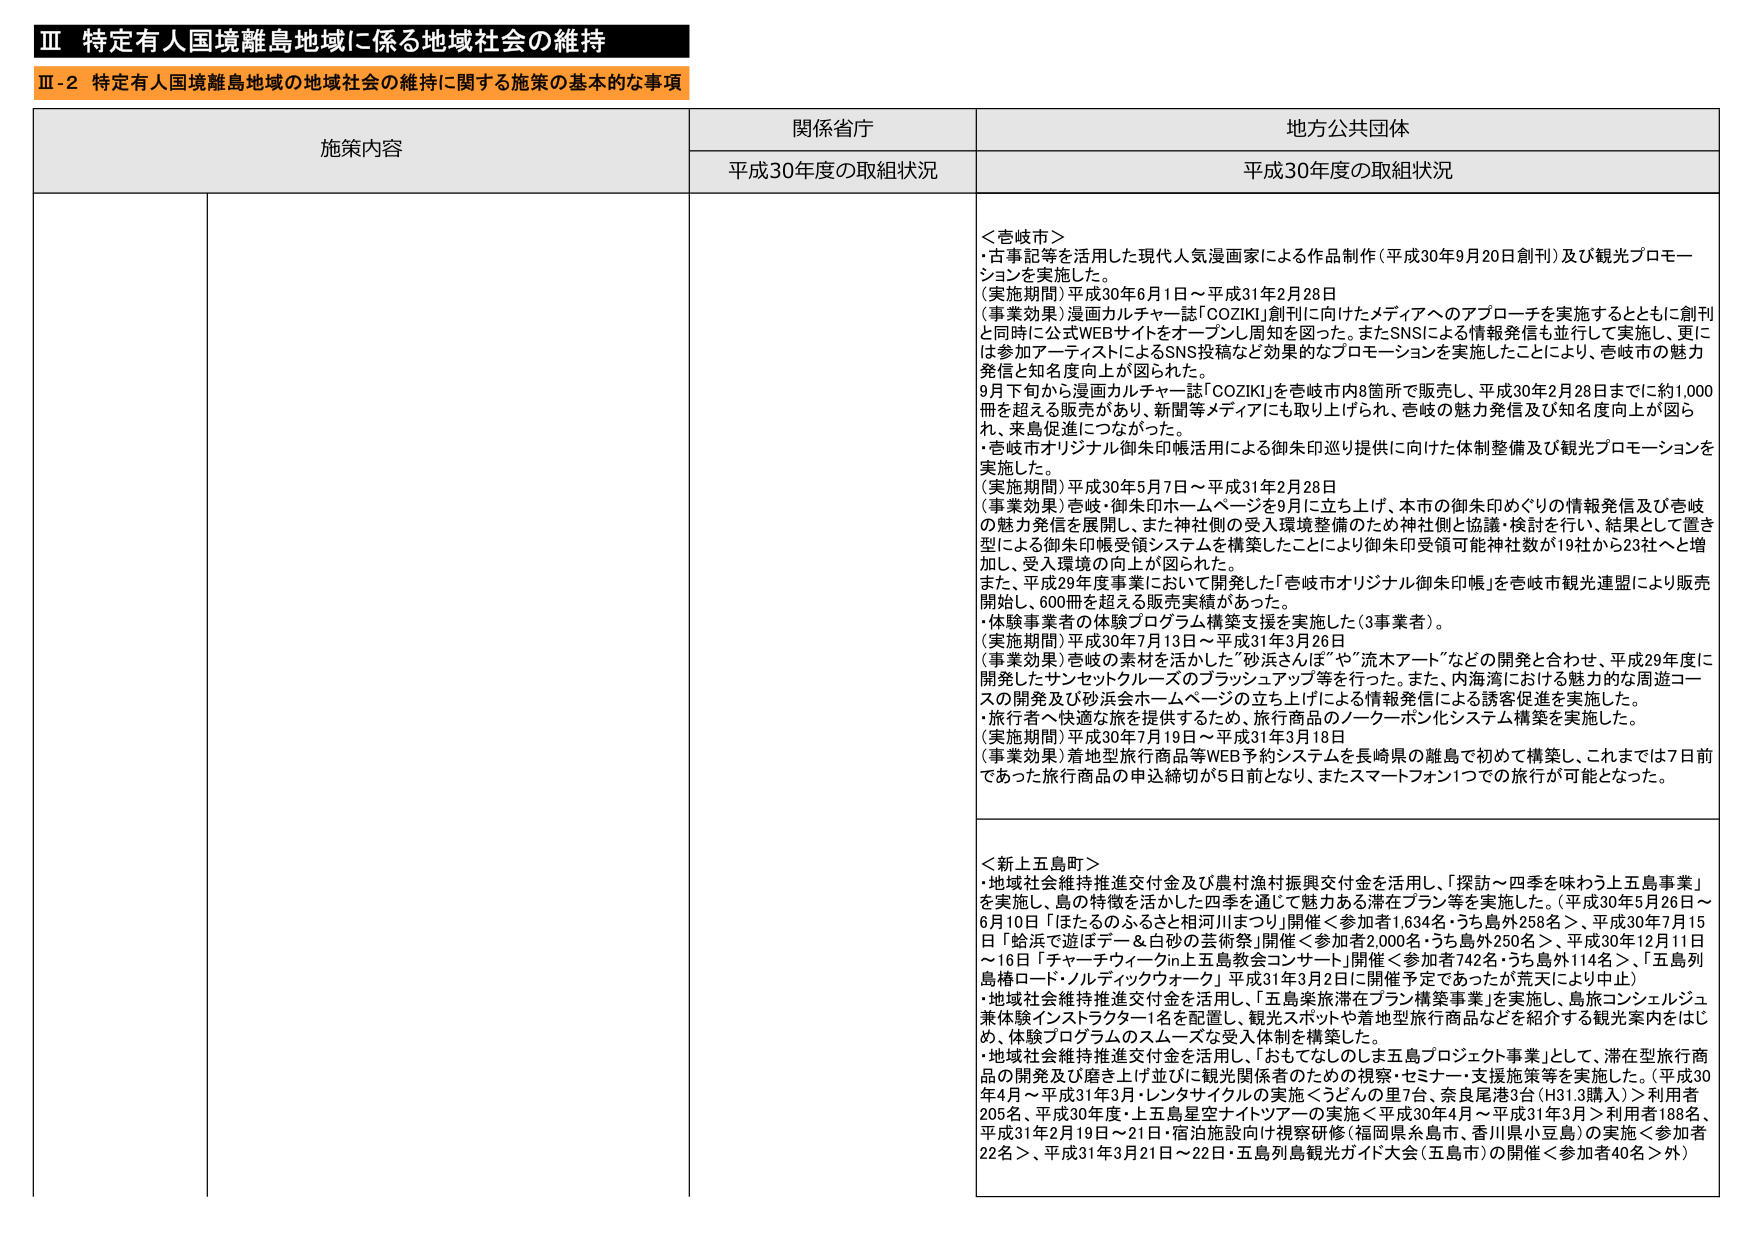
Ⅲ 特定有人国境離島地域に係る地域社会の維持
Ⅲ-2 特定有人国境離島地域の地域社会の維持に関する施策の基本的な事項

施策内容 関係省庁 地方公共団体
平成30年度の取組状況 平成30年度の取組状況

＜吉岐市＞
・古事記等を活用した現代人気漫画家による作品制作（平成30年9月20日創刊）及び観光プロモーションを実施した。
（実施期間）平成30年6月1日～平成31年2月28日
（事業効果）漫画カルチャー誌「COZIKI」創刊に向けたメディアへのアプローチを実施するとともに創刊と同時に公式WEBサイトをオープンし周知を図った。またSNSによる情報発信も並行して実施し、更には参加アーティストによるSNS投稿など効果的なプロモーションを実施したことにより、吉岐市の魅力発信と知名度向上が図られた。
9月下旬から漫画カルチャー誌「COZIKI」を吉岐市内8箇所で販売し、平成30年2月28日までに約1,000冊を超える販売があり、新聞等メディアにも取り上げられ、吉岐の魅力発信及び知名度向上が図られ、来島促進につながった。
・吉岐市オリジナル御朱印帳活用による御朱印巡り提供に向けた体制整備及び観光プロモーションを実施した。
（実施期間）平成30年5月7日～平成31年2月28日
（事業効果）吉岐・御朱印ホームページを9月に立ち上げ、本市の御朱印めぐりの情報発信及び吉岐の魅力発信を展開し、また神社側の受入環境整備のため神社側と協議・検討を行い、結果として置き型による御朱印帳受領システムを構築したことにより御朱印受領可能神社数が19社から23社へと増加し、受入環境の向上が図られた。
また、平成29年度事業において開発した「吉岐市オリジナル御朱印帳」を吉岐市観光連盟により販売開始し、600冊を超える販売実績があった。
・体験事業者の体験プログラム構築支援を実施した（3事業者）。
（実施期間）平成30年7月13日～平成31年3月26日
（事業効果）吉岐の素材を活かした「砂浜さんは”や”流木アート」などの開発と合わせ、平成29年度に開発したサンセットクルーズのブラッシュアップ等を行った。また、内海湾における魅力的な周遊コースの開発及び砂浜会ホーメページの立ち上げによる情報発信による誘客促進を実施した。
・旅行者へ快適な旅を提供するため、旅行商品のノーケーポン化システム構築を実施した。
（実施期間）平成30年7月19日～平成31年3月18日
（事業効果）着地型旅行商品等WEB予約システムを長崎県の離島で初めて構築し、これまで7日前であった旅行商品の申込締切が5日前となり、またスマートフォン1つでの旅行が可能となった。

＜新上五島町＞
・地域社会維持推進交付金及び農村漁村振興交付金を活用し、「探訪～四季を味わう上五島事業」を実施し、島の特徴を活かした四季を通じて魅力ある滞在プラン等を実施した。（平成30年5月26日～6月10日「ほたるのふるさと相河川まつり」開催＜参加者1,634名・うち島外258名＞、平成30年7月15日「蛤浜で遊ぼデー＆白砂の芸術祭」開催＜参加者2,000名・うち島外250名＞、平成30年12月11日～16日「チャーチウィークin上五島教会コンサート」開催＜参加者742名・うち島外114名＞、「五島列島構ロード・ノルディックウォーク」平成31年3月2日に開催予定であったが荒天により中止）
・地域社会維持推進交付金を活用し、「五島楽旅滞在プラン構築事業」を実施し、島旅コンシェルジュ兼体験インストラクター1名を配置し、観光スポットや着地型旅行商品などを紹介する観光案内をはじめ、体験プログラムのスムーズな受入体制を構築した。
・地域社会維持推進交付金を活用し、「おもてなしのししま五島プロジェクト事業」として、滞在型旅行商品の開発及び磨き上げ並びに観光関係者のための視察・セミナー・支援施策等を実施した。（平成30年4月～平成31年3月・レンタサイクルの実施＜うどんの里7台、奈良尾港3台（H31.3購入）＞利用者205名、平成30年度・上五島星空ナイトツアーの実施＜平成30年4月～平成31年3月＞利用者188名、平成31年2月19日・21日・宿泊施設向け視察研修（福岡県糸島市、香川県小豆島）の実施＜参加者22名＞、平成31年3月21日～22日・五島列島観光ガイド大会（五島市）の開催＜参加者40名＞外）